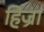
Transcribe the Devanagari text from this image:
हिज्रा